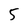
Character: 5